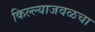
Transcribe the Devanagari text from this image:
किल्ल्याजवळचा